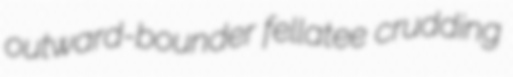
outward-bounder fellatee crudding